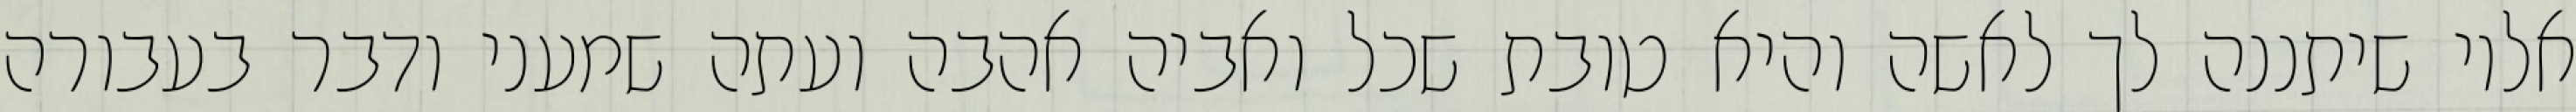
אליו שיתננה לך לאשה והיא טובת שכל ואביה אהבה ועתה שמעני ודבר בעבורה